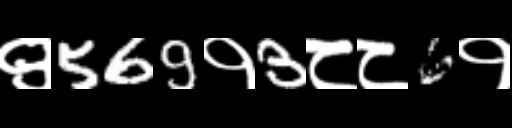
Text: ९569१3८८6१